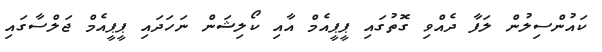
ކައުންސިލުން ލަފާ ދެއްވި ގޮތުގައި ޕީޕީއެމް އާއި ކޯލިޝަން ނަހަދައި ޕީޕީއެމް ޖަލްސާގައި